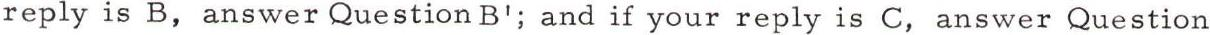
reply is B, answer Question B'; and if your reply is C, answer Question